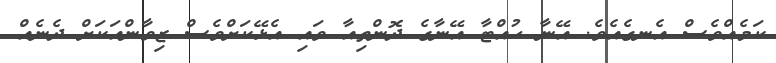
ކަމެއްވެސް އެނގެއެވެ. އޭނާ ހުއްޓާ އޭނާގެ ދޮންތިއާ ވައި އެޅޭކަށްވެސް ޒިވާންއަކަށް ދެނެއް